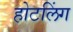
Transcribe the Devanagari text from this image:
होटलिंग